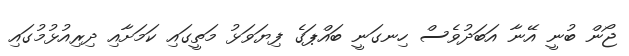
ޖޯން ބުނީ އޭނާ އަބަދުވެސް ހިނގަނީ ބައްޕަގެ ފިޔަވަޅު މަތީގައި ކަމަށާއި ދިރިއުޅުމުގައި